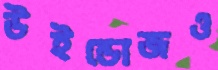
উইন্ডোজও